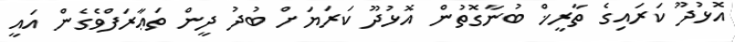
އޮޅުދޫ ކަރައިގެ ތާރީޚް ބުނާގޮތުން އޮޅުދޫ ކަރަޔަށް ބުދު ދީން ތަޢާރަފްވެގެން އައީ